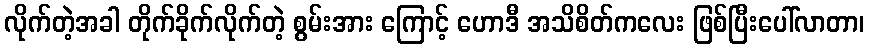
လိုက်တဲ့အခါ တိုက်ခိုက်လိုက်တဲ့ စွမ်းအား ကြောင့် ဟောဒီ အသိစိတ်ကလေး ဖြစ်ပြီးပေါ်လာတာ၊